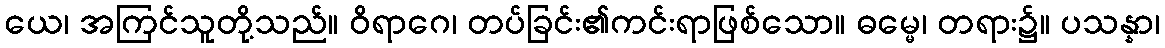
ယေ၊ အကြင်သူတို့သည်။ ဝိရာဂေ၊ တပ်ခြင်း၏ကင်းရာဖြစ်သော။ ဓမ္မေ၊ တရား၌။ ပသန္နာ၊